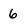
Character: 6